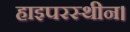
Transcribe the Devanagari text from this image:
हाइपरस्थीन।